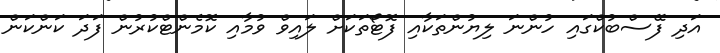
އަދި ފޭސްބުކްގައި ހުންނަ ލިޔުންތަކާއި ފޮޓޯތަކަށް ލައިވް ވުމާއި ކޮމެންޓްކުރުން ފަދަ ކަންކަން